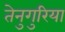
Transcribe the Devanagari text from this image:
तेनुगुरिया